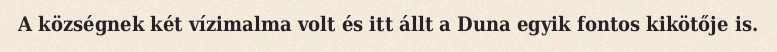
A községnek két vízimalma volt és itt állt a Duna egyik fontos kikötője is.